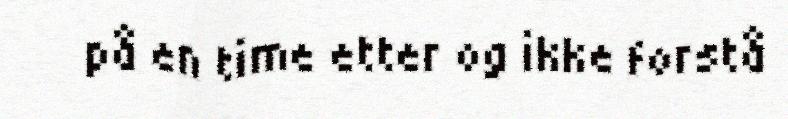
på en time etter og ikke forstå